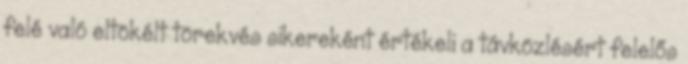
felé való eltökélt törekvés sikereként értékeli a távközlésért felelős